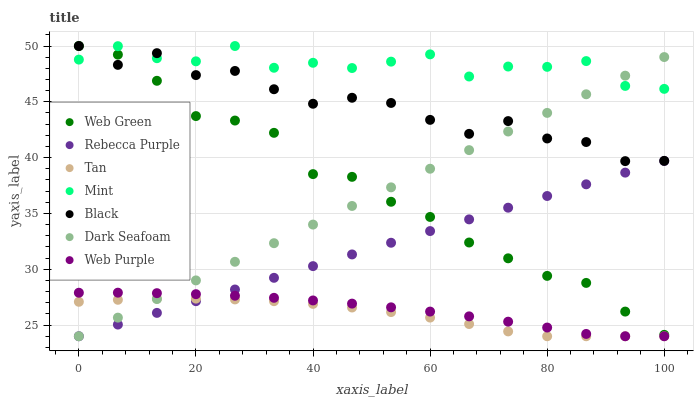
| xaxis_label | Web Green | Rebecca Purple | Tan | Mint | Black | Dark Seafoam | Web Purple |
 | --- | --- | --- | --- | --- | --- | --- | --- |
 | 0 | 50 | 24 | 27.1 | 48.8 | 50 | 24 | 27.9 |
 | 6.67 | 49.2 | 25 | 27.3 | 50 | 48.3 | 25.7 | 27.9 |
 | 13.3 | 46.9 | 26.1 | 27.4 | 48.9 | 49.4 | 27.3 | 27.9 |
 | 20 | 43.7 | 27.1 | 27.4 | 48.6 | 47.4 | 29 | 27.8 |
 | 26.7 | 43.3 | 28.2 | 27.3 | 50 | 47.8 | 30.7 | 27.6 |
 | 33.3 | 42.2 | 29.2 | 27.1 | 48.1 | 46.1 | 32.3 | 27.4 |
 | 40 | 38.5 | 30.3 | 26.9 | 48.5 | 44.8 | 34 | 27.2 |
 | 46.7 | 38.3 | 31.3 | 26.6 | 48 | 45.4 | 35.7 | 26.9 |
 | 53.3 | 36 | 32.4 | 26.2 | 48.6 | 44.9 | 37.3 | 26.6 |
 | 60 | 34.7 | 33.4 | 25.7 | 49.3 | 43.4 | 39 | 26.2 |
 | 66.7 | 32.4 | 34.5 | 25.1 | 47.3 | 42.1 | 40.7 | 25.8 |
 | 73.3 | 31 | 35.5 | 24.4 | 48.2 | 43.3 | 42.3 | 25.3 |
 | 80 | 29.4 | 36.6 | 24 | 48.1 | 41.7 | 44 | 24.8 |
 | 86.7 | 28.8 | 37.6 | 24 | 48.6 | 41.4 | 45.7 | 24.2 |
 | 93.3 | 26.2 | 38.7 | 24 | 46.4 | 39.7 | 47.3 | 24 |
 | 100 | 24.1 | 39.7 | 24 | 46.2 | 39.7 | 49 | 24 |